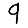
Digit: 9